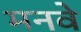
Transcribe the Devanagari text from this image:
मनवे